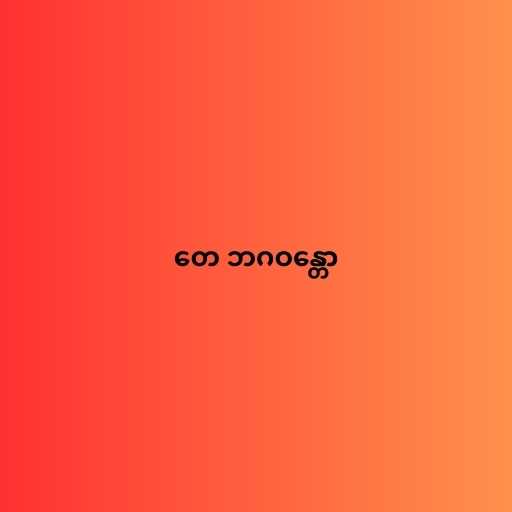
တေ ဘဂဝန္တော